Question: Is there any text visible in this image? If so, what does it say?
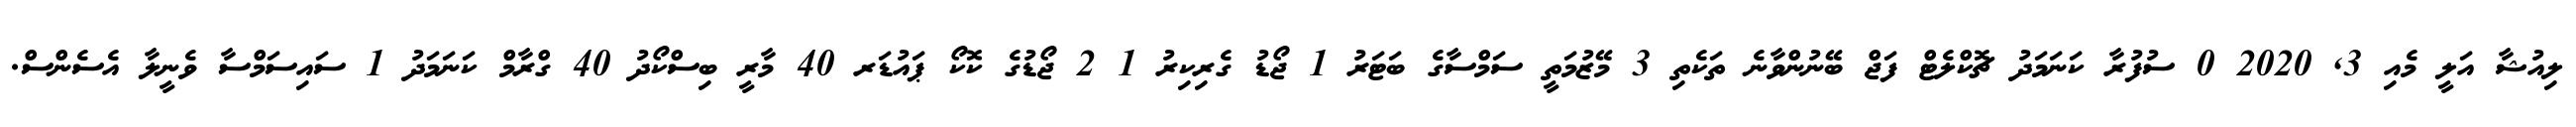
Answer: ލިއުޝާ އަލީ މެއި 3, 2020 0 ސުފުރާ ކަނަމަދު ޗޮކްލެޓް ފަޖް ބޭނުންވާނެ ތަކެތި 3 މޭޒުމަތީ ސަމްސާގެ ބަޓަރު 1 ޖޯޑު ގެރިކިރު 1 2 ޖޯޑުގެ ކޮކޯ ޕައުޑަރ 40 މާރީ ބިސްކޯދު 40 ގްރާމް ކަނަމަދު 1 ސައިސަމްސާ ވެނީލާ އެސެންސް.